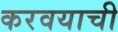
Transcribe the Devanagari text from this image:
करवयाची